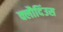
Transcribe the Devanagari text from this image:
क्लौदिंउस